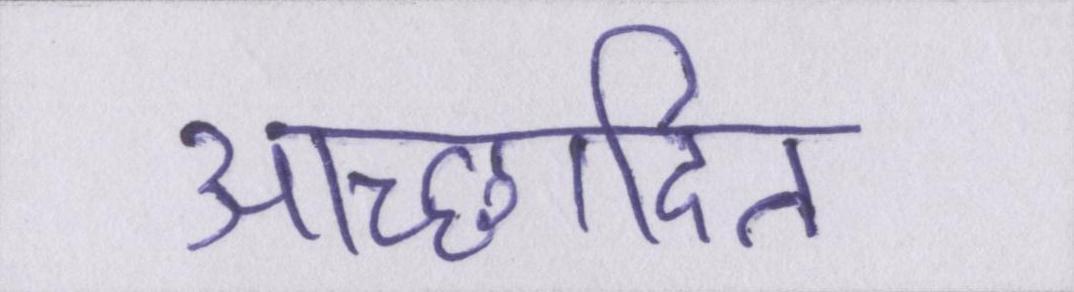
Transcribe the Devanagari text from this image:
आच्छादित